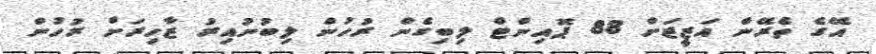
އޭގެ ތެރޭން އަޒީޒަށް 88 ޕޮއިންޓް ލިބިގެން ރުހުން ލިބުނުއިރު ޒާހިރަށް ރުހުން